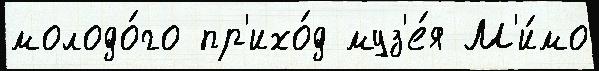
молодо́го пр'ихо́д муз'е́я М'и́мо